Annual report of the Camel Specialist
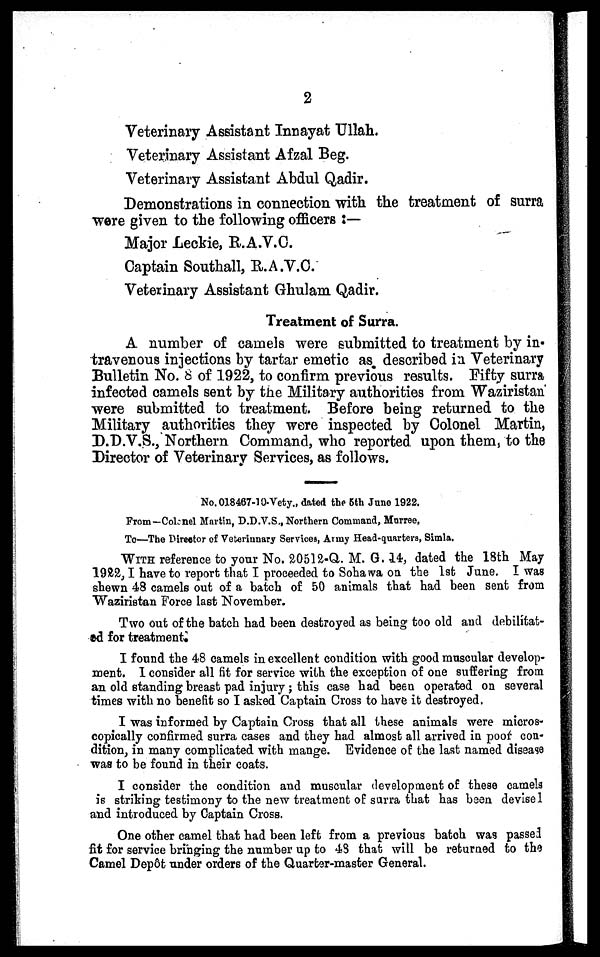
2
Veterinary Assistant Innayat Ullah.
Veterinary Assistant Afzal Beg.
Veterinary Assistant Abdul Qadir.
Demonstrations in connection with the treatment of surra
were given to the following officers :—
Major Leckie, R.A.V.C.
Captain Southall, R.A.V.C.
Veterinary Assistant Ghulam Qadir.
Treatment of Surra.
A number of camels were submitted to treatment by in-
travenous injections by tartar emetic as described in Veterinary
Bulletin No. 8 of 1922, to confirm previous results. Fifty surra
infected camels sent by the Military authorities from Waziristan
were submitted to treatment. Before being returned to the
Military authorities they were inspected by Colonel Martin,
D.D.V.S., Northern Command, who reported upon them, to the
Director of Veterinary Services, as follows.
No. 018467-10-Vety., dated the 5th June 1922.
From—Colonel Martin, D.D.V.S., Northern Command, Murree,
To—The Director of Veterinnary Services, Army Head-quarters, Simla.
WITH reference to your No. 20512-Q. M. G. 14, dated the 18th May
1922, I have to report that I proceeded to Sohawa on the 1st June. I was
shewn 48 camels out of a batch of 50 animals that had been sent from
Waziristan Force last November.
Two out of the batch had been destroyed as being too old and debilitat-
ed for treatment.
I found the 48 camels in excellent condition with good muscular develop-
ment. I consider all fit for service with the exception of one suffering from
an old standing breast pad injury; this case had been operated on several
times with no benefit so I asked Captain Cross to have it destroyed.
I was informed by Captain Cross that all these animals were micros-
copically confirmed surra cases and they had almost all arrived in poor con-
dition, in many complicated with mange. Evidence of the last named disease
was to be found in their coats.
I consider the condition and muscular development of these camels
is striking testimony to the new treatment of surra that has been devisel
and introduced by Captain Cross.
One other camel that had been left from a previous batch was passed
fit for service bringing the number up to 48 that will be returned to the
Camel Depôt under orders of the Quarter-master General.